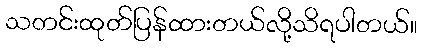
သတင်းထုတ်ပြန်ထားတယ်လို့သိရပါတယ်။